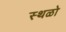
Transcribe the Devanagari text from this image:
स्थळो